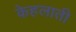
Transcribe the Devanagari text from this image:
केहलाती